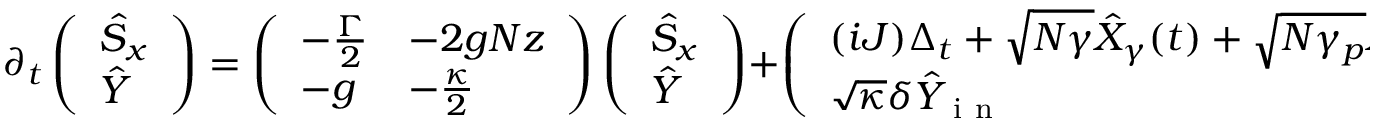
\partial _ { t } \left( \begin{array} { l } { \hat { S } _ { x } } \\ { \hat { Y } } \end{array} \right) = \left( \begin{array} { l l } { - \frac { \Gamma } { 2 } } & { - 2 g N z } \\ { - g } & { - \frac { \kappa } { 2 } } \end{array} \right) \left( \begin{array} { l } { \hat { S } _ { x } } \\ { \hat { Y } } \end{array} \right) + \left( \begin{array} { l } { ( i J ) \Delta _ { t } + \sqrt { N \gamma } \hat { X } _ { \gamma } ( t ) + \sqrt { N \gamma _ { p } } \hat { X } _ { \gamma _ { p } } ( t ) + \sqrt { N \gamma _ { d } } \hat { X } _ { \gamma _ { d } } ( t ) } \\ { \sqrt { \kappa } \delta \hat { Y } _ { \mathrm { ~ i ~ n ~ } } } \end{array} \right) ,